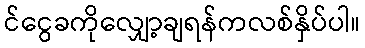
င်ငွေခကိုလျှော့ချရန်ကလစ်နှိပ်ပါ။